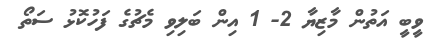
ވީބީ އަތުން މާޒިޔާ 2- 1 އިން ބަލިވި މެޗުގެ ފަހުކޮޅު ސަތޯ